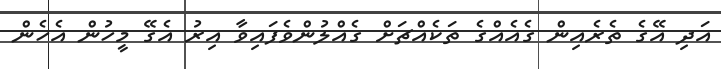
އަދި އޭގެ ތެރެއިން ގެއެއްގެ ތަކެއްޗަށް ގެއްލުންވެފައިވާ އިރު އެގޭ މީހުން އެހެން